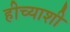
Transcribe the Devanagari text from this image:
हीच्याशी